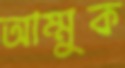
আম্মুক